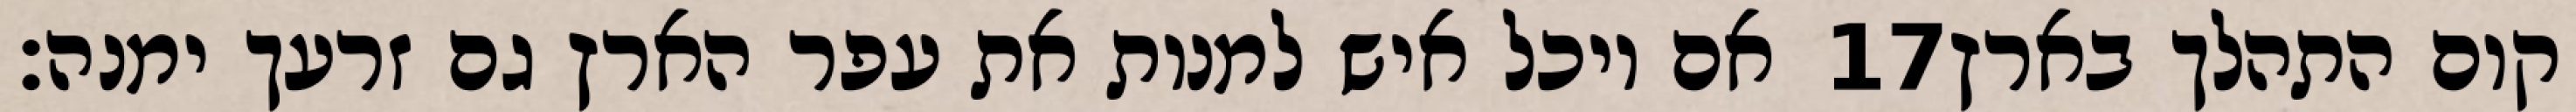
אם יוכל איש למנות את עפר הארץ גם זרעך ימנה׃ ‎17‏ קום התהלך בארץ